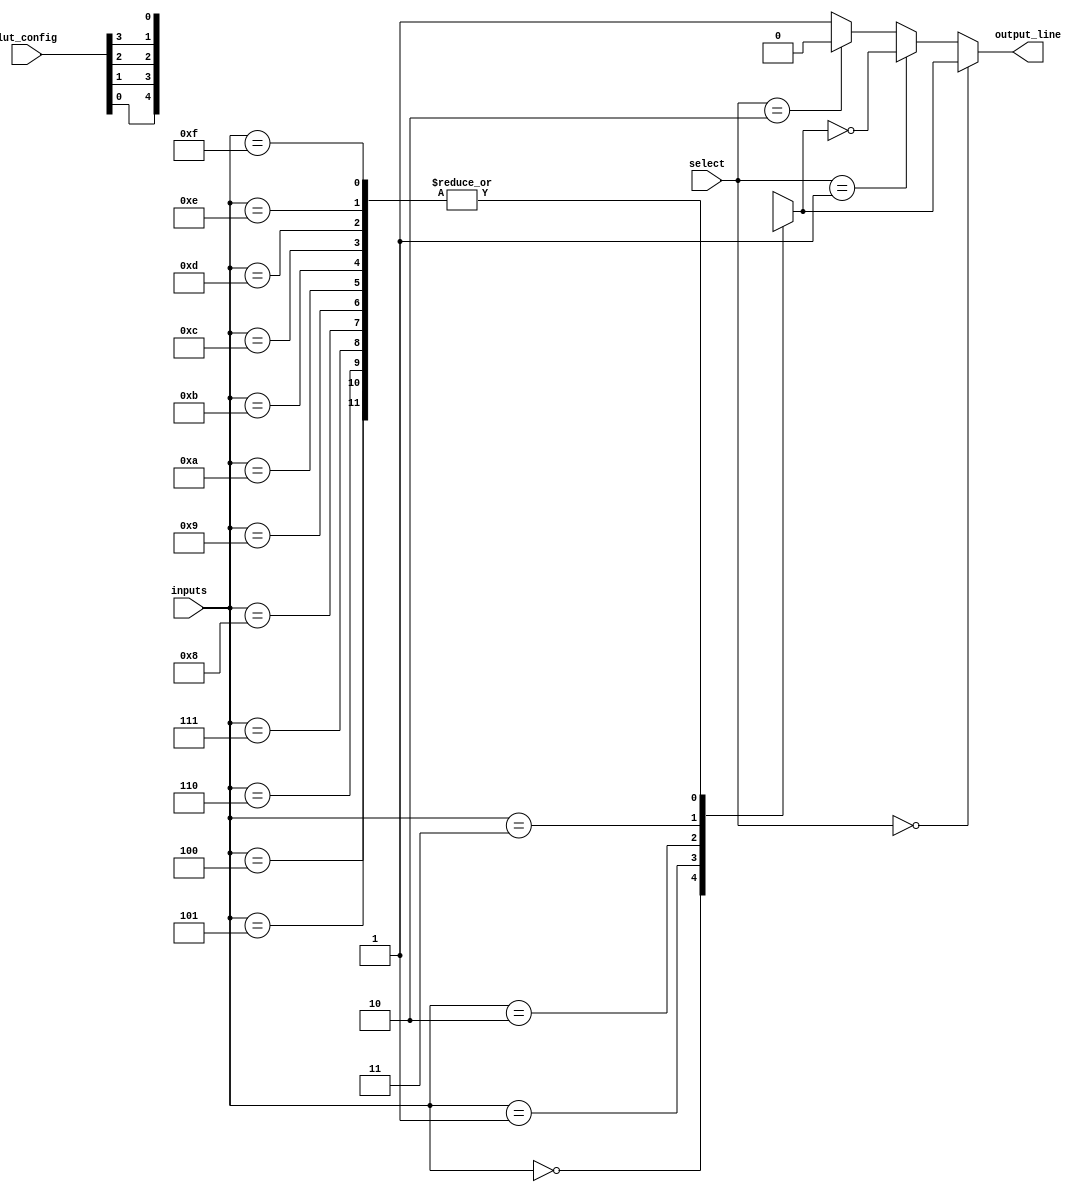
module CLB (
    input wire [3:0] inputs,        // 4 Input lines
    input wire [1:0] select,        // Selector for Multiplexer
    input wire [3:0] lut_config,     // Configuration for LUT, 16 bits for 4-input LUT (2^4)
    output wire output_line          // Output line
);

// LUT implementation
wire lut_output;
reg [3:0] lut_memory [0:15]; // 16x4 RAM for LUT

// Load LUT configuration from lut_config
integer i;
always @* begin
    for (i = 0; i < 16; i = i + 1) begin
        lut_memory[i] = lut_config[i];
    end
end

assign lut_output = lut_memory[{inputs[3], inputs[2], inputs[1], inputs[0]}];

// Multiplexer to select output based on control signals
wire mux_output;
assign mux_output = (select == 2'b00) ? lut_output :  // LUT Output
                    (select == 2'b01) ? ~lut_output : // Inverted LUT Output
                    (select == 2'b10) ? 1'b0 :        // Constant 0
                    1'b1;                             // Constant 1

// Output assignment
assign output_line = mux_output;

endmodule